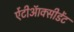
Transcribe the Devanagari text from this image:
ऐंटीऑक्सीडेंट